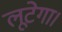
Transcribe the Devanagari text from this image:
लूटेगा।